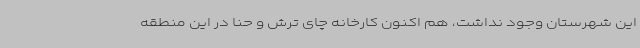
این شهرستان وجود نداشت، هم اکنون کارخانه چای ترش و حنا در این منطقه